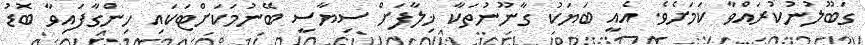
ގަބޫލުނުކުރައްވާ ކަމަށެވެ. އެއީ ބަޔަކު ގާނޫނުތަކާ ޚިލާފަށް ސިޔާސީ ބޭނުމަކަށްޓަކައި ހިންގާފައިވާ ބޮޑު